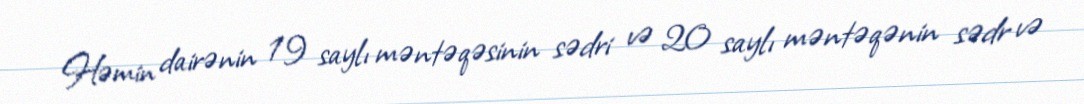
Həmin dairənin 19 saylı məntəqəsinin sədri və 20 saylı məntəqənin sədr və